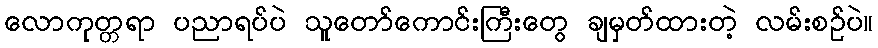
လောကုတ္တရာ ပညာရပ်ပဲ သူတော်ကောင်းကြီးတွေ ချမှတ်ထားတဲ့ လမ်းစဉ်ပဲ။